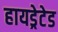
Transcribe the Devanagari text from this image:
हायड्रेटेड